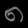
Digit: ၈